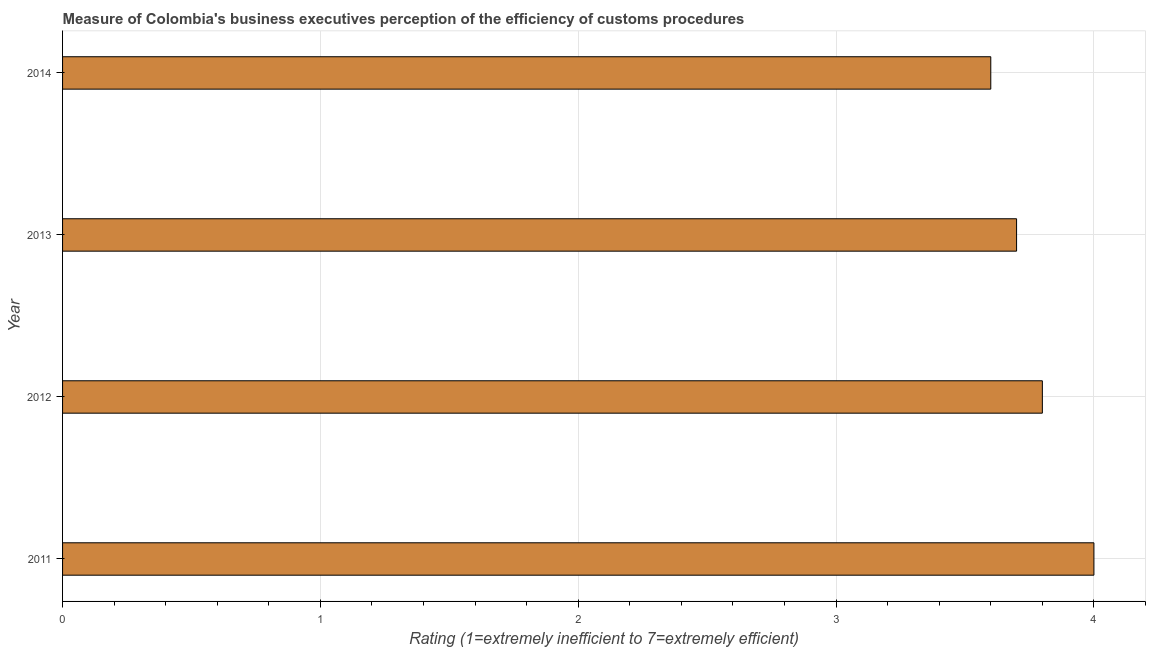
| Year | Burden of customs procedure |
 | --- | --- |
 | 2011 | 4 |
 | 2012 | 3.8 |
 | 2013 | 3.7 |
 | 2014 | 3.6 |